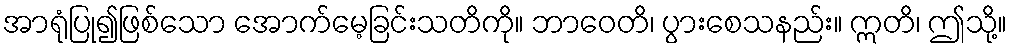
အာရုံပြု၍ဖြစ်သော အောက်မေ့ခြင်းသတိကို။ ဘာဝေတိ၊ ပွားစေသနည်း။ ဣတိ၊ ဤသို့။